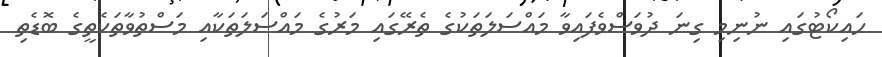
ހައިކޯޓުގައި ނުނިމި ގިނަ ދުވަސްވެފައިވާ މައްސަލަތަކުގެ ތެރޭގައި މަރުގެ މައްސަލަތަކާއި މަސްތުވާތަކެތީގެ ބޮޑެތި